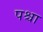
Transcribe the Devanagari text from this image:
पश्चा